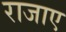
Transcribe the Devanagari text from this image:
राजाए